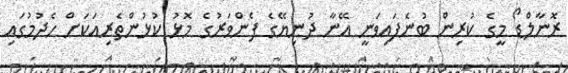
ރޮނާލްޑޯ މީގެ ކުރިން ބުނެފައިވަނީ އޭނާ ދުނިޔޭގެ ފެންވަރުގެ މޮޅު ކުޅުންތެރިއަކަށް ހެދުމުގައި